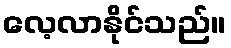
လေ့လာနိုင်သည်။